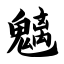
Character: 魑